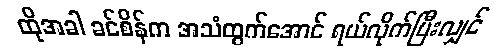
ထိုအခါ ခင်စိန်က အသံထွက်အောင် ရယ်လိုက်ပြီးလျှင်